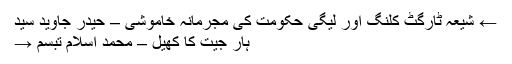
← شیعہ ٹارگٹ کلنگ اور لیگی حکومت کی مجرمانہ خاموشی – حیدر جاوید سید
ہار جیت کا کھیل – محمد اسلام تبسم →